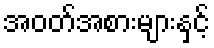
အဝတ်အစားများနှင့်